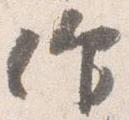
作